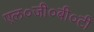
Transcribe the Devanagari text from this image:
एल०जी०बी०टी